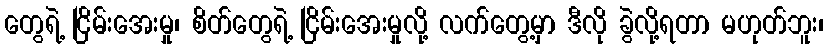
တွေရဲ့ ငြိမ်းအေးမှု၊ စိတ်တွေရဲ့ ငြိမ်းအေးမှုလို့ လက်တွေ့မှာ ဒီလို ခွဲလို့ရတာ မဟုတ်ဘူး၊